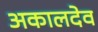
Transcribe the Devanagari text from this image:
अकालदेव